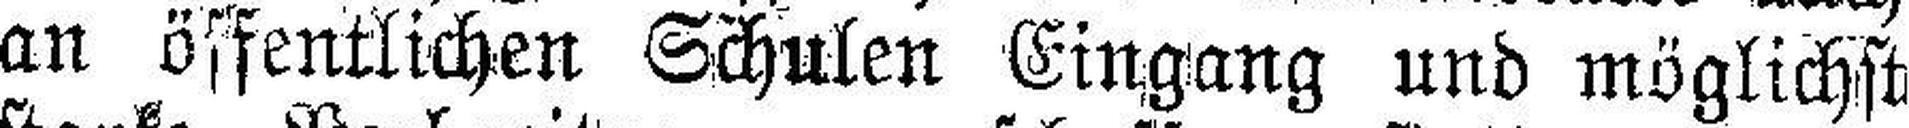
an öffentlichen Schulen Eingang und möglichst